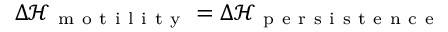
\Delta \mathcal { H } _ { \mathrm { ~ m ~ o ~ t ~ i ~ l ~ i ~ t ~ y ~ } } = \Delta \mathcal { H } _ { \mathrm { ~ p ~ e ~ r ~ s ~ i ~ s ~ t ~ e ~ n ~ c ~ e ~ } }